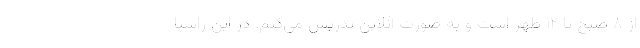
از ۸ صبح تا ۱۲ ظهر است و به صورت آنلاین تدریس می‌کنم. در این راستا